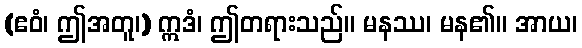
(ဧဝံ၊ ဤအတူ၊) ဣဒံ၊ ဤတရားသည်။ မနဿ၊ မန၏။ အာယ၊